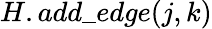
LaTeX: {H.add\_ edge(j,k)}